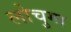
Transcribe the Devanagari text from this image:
लोचुगा